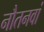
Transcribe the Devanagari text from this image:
नौतनवां